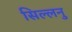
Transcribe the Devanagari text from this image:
सिल्लनु